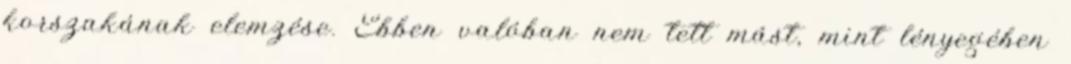
korszakának elemzése. Ebben valóban nem tett mást, mint lényegében